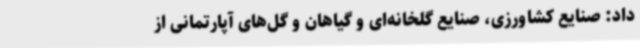
داد: صنایع کشاورزی، صنایع گلخانه‌ای و گیاهان و گل‌های آپارتمانی از